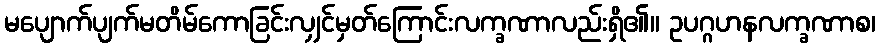
မပျောက်ပျက်မတိမ်ကောခြင်းလျှင်မှတ်ကြောင်းလက္ခဏာလည်းရှိ၏။ ဥပဂ္ဂဟနလက္ခဏာစ၊